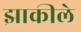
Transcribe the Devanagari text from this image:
झाकीले